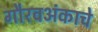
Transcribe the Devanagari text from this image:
गौरवअंकाचे